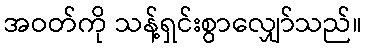
အဝတ်ကို သန့်ရှင်းစွာလျှော်သည်။